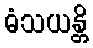
ဓံသယန္တိ